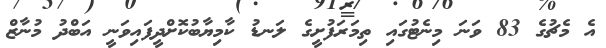
އެ މެޗުގެ 83 ވަނަ މިނެޓުގައި ތިމަރަފުށީގެ ލަނޑު ކާމިޔާބުކޮށްދީފައިވަނީ އަބްދު މުނާޒް